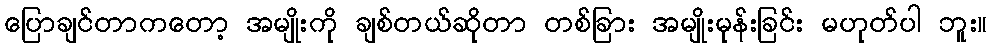
ပြောချင်တာကတော့ အမျိုးကို ချစ်တယ်ဆိုတာ တစ်ခြား အမျိုးမုန်းခြင်း မဟုတ်ပါ ဘူး။